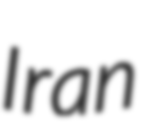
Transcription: Iran